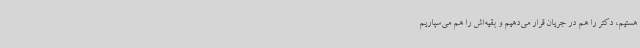
هستیم، دکتر را هم در جریان قرار می‌دهیم و بقیه‌اش را هم می‌سپاریم